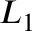
L _ { 1 }